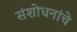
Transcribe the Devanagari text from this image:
संशोधनांचे